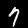
Label: 7